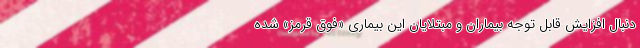
دنبال افزایش قابل توجه بیماران و مبتلایان این بیماری «فوق قرمز» شده